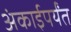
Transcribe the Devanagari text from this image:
अंकाईपर्यंत